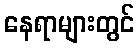
နေရာများတွင်